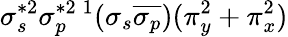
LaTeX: \sigma_{s}^{*2}\sigma_{p}^{*2}{}\, ^{1}(\sigma_{s}\overline{{\sigma_{p}}})(\pi_{y}^{2}+\pi_{x}^{2})